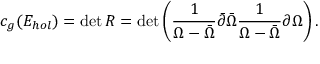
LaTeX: c _ { g } ( { \cal E } _ { h o l } ) = \operatorname * { d e t } { \cal R } = \operatorname * { d e t } \left( { \frac { 1 } { \Omega - \bar { \Omega } } } \bar { \partial } \bar { \Omega } { \frac { 1 } { \Omega - \bar { \Omega } } } \partial \Omega \right) .